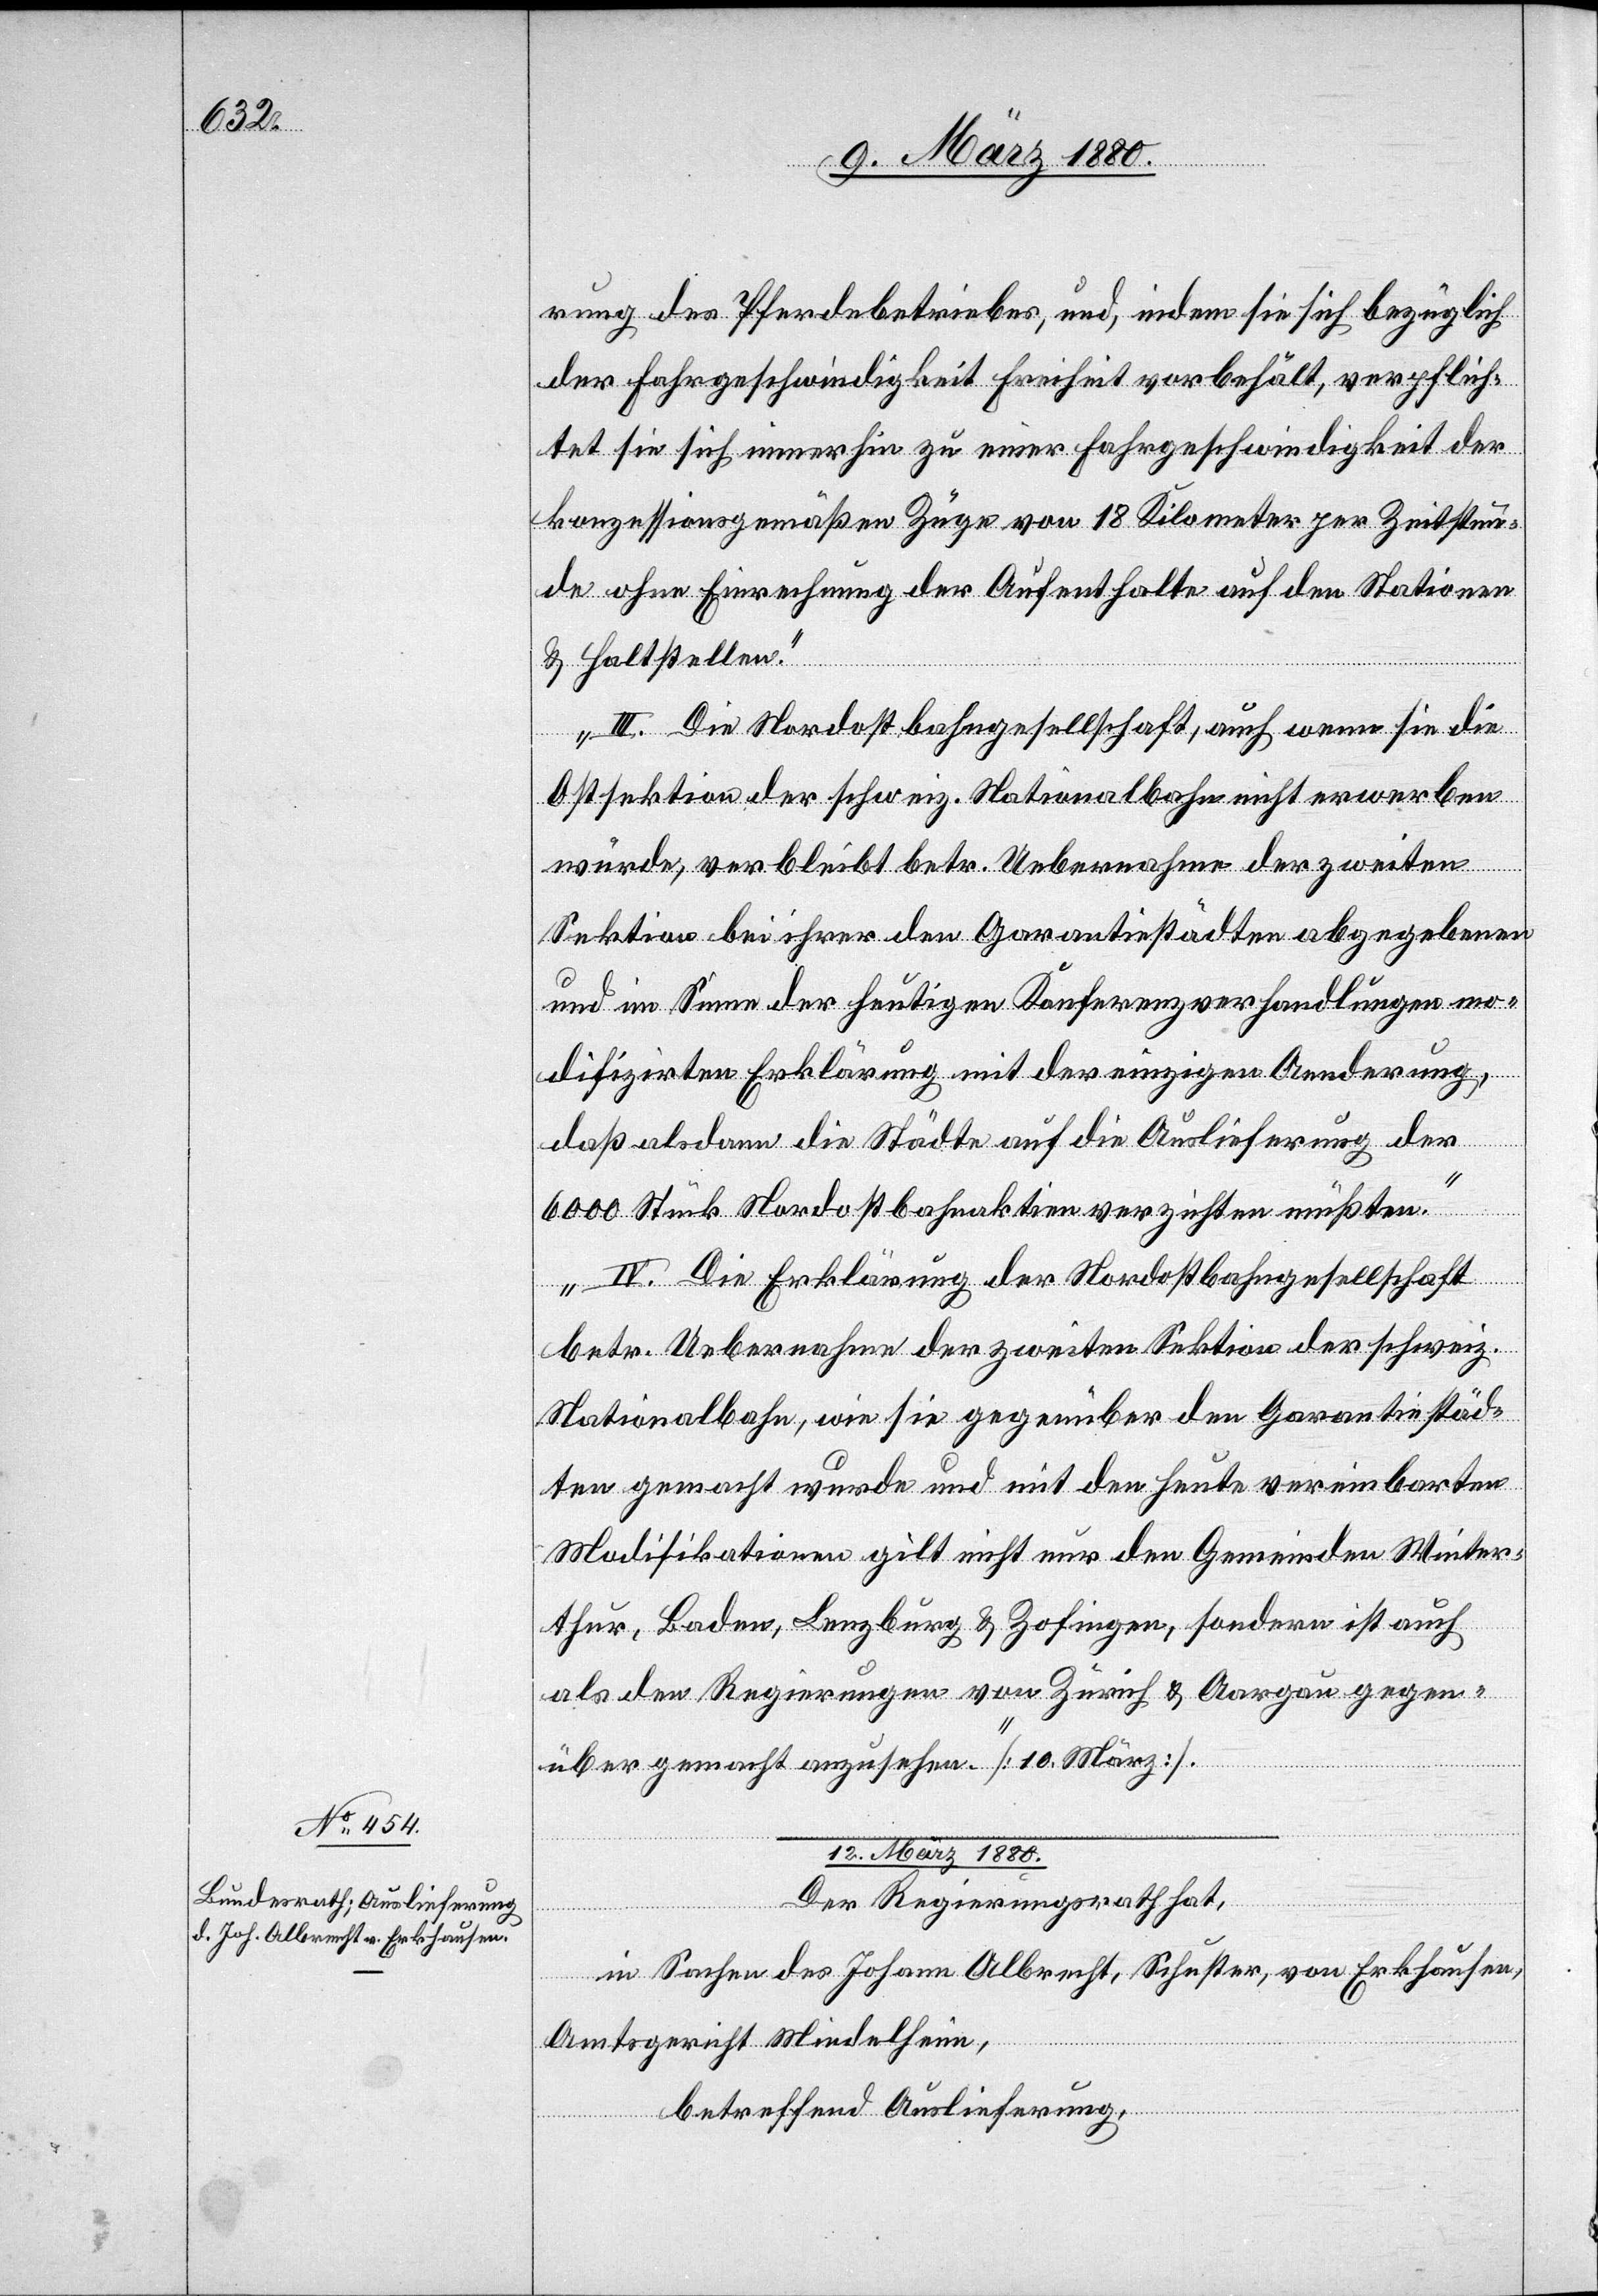
rung des Pferdebetriebes, und, indem sie sich bezüglich
der Fahrgeschwindigkeit Freiheit vorbehält, verpflich¬
tet sie sich immerhin zu einer Fahrgeschwindigkeit der
konzessionsgemäßen Züge von 18 Kilometer per Zeitstun¬
de ohne Einrechnung der Aufenthalte auf den Stationen
& Haltestellen.
III. Die Nordostbahngesellschaft, auch wenn sie die
Ostsektion der schweiz. Nationalbahn nicht erwerben
würde, verbleibt betr. Uebernahme der zweiten
Sektion bei ihrer den Garantiestädten abgegebenen
und im Sinne der heutigen Konferenzverhandlungen mo¬
difizirten Erklärung mit der einzigen Aenderung,
daß alsdann die Städte auf die Auslieferung der
6000 Stück Nordostbahnaktien verzichten müßten.
IV. Die Erklärung der Nordostbahngesellschaft
betr. Uebernahme der zweiten Sektion der schweiz.
Nationalbahn, wie sie gegenüber den Garantiestäd¬
ten gemacht wurde und mit den heute vereinbarten
Modifikationen gilt nicht nur den Gemeinde Winter¬
thur, Baden, Lenzburg & Zofingen, sondern ist auch
als den Regierungen von Zürich & Aargau gegen¬
über gemacht anzusehen.“ [10. März].
12. März 1880.
Der Regierungsrath hat,
in Sachen des Johann Albrecht, Schuster, von Erkhausen,
Amtsgericht Mindelheim,
betreffend Auslieferung,